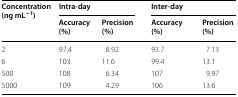
| <ROWSPAN=2> Concentration (ng mL−1) | <COLSPAN=2> Intra-day | <COLSPAN=2> Inter-day |
 | Accuracy (%) | Precision (%) | Accuracy (%) | Precision (%) |
 | --- | --- | --- | --- | --- |
 | 2 | 97.4 | 8.92 | 93.7 | 7.13 |
 | 6 | 103 | 11.6 | 99.4 | 13.1 |
 | 500 | 108 | 6.34 | 107 | 9.97 |
 | 5000 | 109 | 4.29 | 106 | 13.6 |